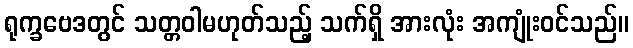
ရုက္ခဗေဒတွင် သတ္တဝါမဟုတ်သည့် သက်ရှိ အားလုံး အကျုံးဝင်သည်။